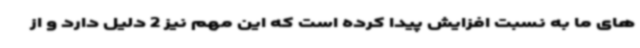
های ما به نسبت افزایش پیدا کرده است که این مهم نیز 2 دلیل دارد و از